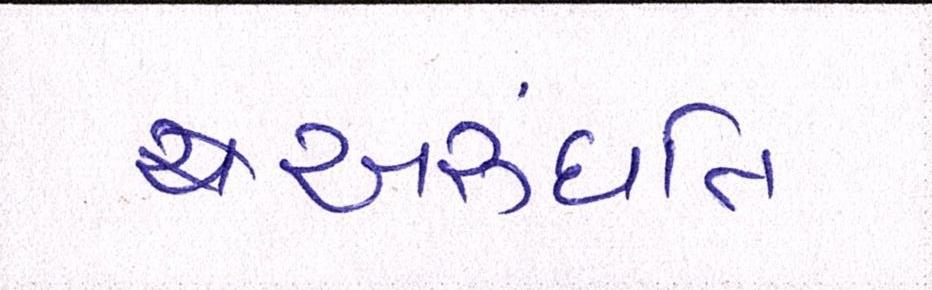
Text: અરુંધતિ